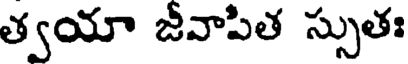
త్వయా జీవాపిత స్సుతః